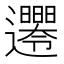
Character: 𨙘